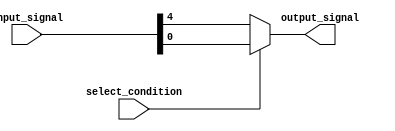
module bit_select_assign (
    input wire [7:0] input_signal,
    input wire select_condition,
    output reg output_signal
);

always @(*) begin
    if (select_condition) begin
        output_signal = input_signal[3:0]; // Select bits 3 to 0 from input_signal
    end else begin
        output_signal = input_signal[7:4]; // Select bits 7 to 4 from input_signal
    end
end

endmodule